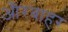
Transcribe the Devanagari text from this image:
औरबाहर